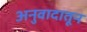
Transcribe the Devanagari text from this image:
अनुवादातून